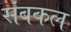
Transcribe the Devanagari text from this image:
संबकल